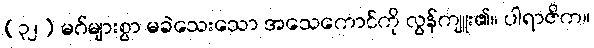
(၃၂) မဂ်များစွာ မခဲသေးသော အသေကောင်ကို လွန်ကျူး၏။ ပါရာဇိက။